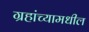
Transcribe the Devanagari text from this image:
ग्रहांच्यामधील